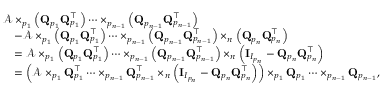
\begin{array} { r l } & { \mathcal { A } \times _ { p _ { 1 } } \left( { \bf Q } _ { p _ { 1 } } { \bf Q } _ { p _ { 1 } } ^ { \top } \right) \dots \times _ { p _ { n - 1 } } \left( { \bf Q } _ { p _ { n - 1 } } { \bf Q } _ { p _ { n - 1 } } ^ { \top } \right) } \\ & { \quad - \mathcal { A } \times _ { p _ { 1 } } \left( { \bf Q } _ { p _ { 1 } } { \bf Q } _ { p _ { 1 } } ^ { \top } \right) \dots \times _ { p _ { n - 1 } } \left( { \bf Q } _ { p _ { n - 1 } } { \bf Q } _ { p _ { n - 1 } } ^ { \top } \right) \times _ { n } \left( { \bf Q } _ { p _ { n } } { \bf Q } _ { p _ { n } } ^ { \top } \right) } \\ & { \quad = \mathcal { A } \times _ { p _ { 1 } } \left( { \bf Q } _ { p _ { 1 } } { \bf Q } _ { p _ { 1 } } ^ { \top } \right) \dots \times _ { p _ { n - 1 } } \left( { \bf Q } _ { p _ { n - 1 } } { \bf Q } _ { p _ { n - 1 } } ^ { \top } \right) \times _ { n } \left( \mathbf { I } _ { I _ { p _ { n } } } - { \bf Q } _ { p _ { n } } { \bf Q } _ { p _ { n } } ^ { \top } \right) } \\ & { \quad = \left( \mathcal { A } \times _ { p _ { 1 } } { \bf Q } _ { p _ { 1 } } ^ { \top } \dots \times _ { p _ { n - 1 } } { \bf Q } _ { p _ { n - 1 } } ^ { \top } \times _ { n } \left( \mathbf { I } _ { I _ { p _ { n } } } - { \bf Q } _ { p _ { n } } { \bf Q } _ { p _ { n } } ^ { \top } \right) \right) \times _ { p _ { 1 } } { \bf Q } _ { p _ { 1 } } \dots \times _ { p _ { n - 1 } } { \bf Q } _ { p _ { n - 1 } } , } \end{array}